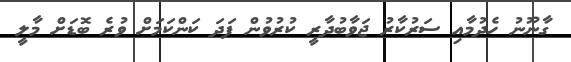
ގާނޫނު ހެދުމާއި ސަރުކާރު ޖަވާބުދާރީ ކުރުވުން ފަދަ ކަންކަމަށް ވުރެ ބޮޑަށް މާލީ